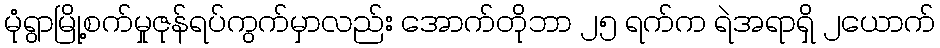
မုံရွာမြို့စက်မှုဇုန်ရပ်ကွက်မှာလည်း အောက်တိုဘာ ၂၅ ရက်က ရဲအရာရှိ ၂ယောက်